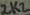
Text: 2K2